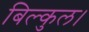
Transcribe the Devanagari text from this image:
बिल्कुल।